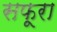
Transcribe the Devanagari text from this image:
सफूरा